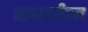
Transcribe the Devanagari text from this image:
भाण्डारीवन